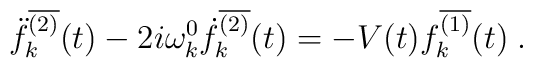
\ddot{f}_k^{\overline{(2)}}(t)-2i\omega_k^0\dot{f}_k^{\overline{(2)}}(t)=-V(t)f_k^{\overline{(1)}}(t) \; .